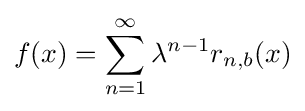
f(x)=\sum _{n=1}^{\infty }\lambda ^{n-1}r_{n,b}(x)